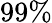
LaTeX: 99\%